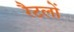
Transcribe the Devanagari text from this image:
रैटलों